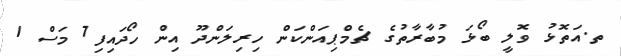
ތ.އަތޮޅު ވޮލީ ބޯޅަ މުބާރާތުގެ ޗެމްޕިއަންކަން ހިރިލަންދޫ އިން ހޯދައިފި7 މަސް 1